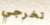
تخرجي